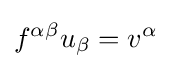
f^{\alpha \beta }u_{\beta }=v^{\alpha }